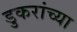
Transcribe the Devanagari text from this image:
डुकरांच्या